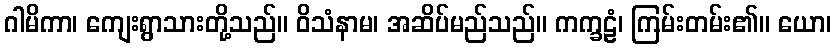
ဂါမိကာ၊ ကျေးရွာသားတို့သည်။ ဝိသံနာမ၊ အဆိပ်မည်သည်။ ကက္ခဠံ၊ ကြမ်းတမ်း၏။ ယော၊